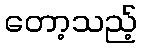
တော့သည့်